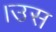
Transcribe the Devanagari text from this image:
।उस